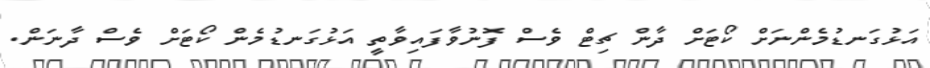
އަޅުގަނޑުމެންނަށް ކޯޓަށް ދާން ޗިޓް ވެސް ފޮނުވާފައިވާތީ އަޅުގަނޑުމެން ކޯޓަށް ވެސް ދާނަން.